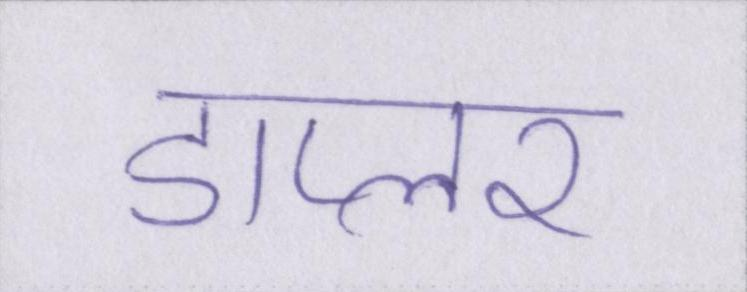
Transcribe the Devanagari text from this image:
डाप्लर